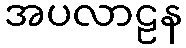
အပလာဠန